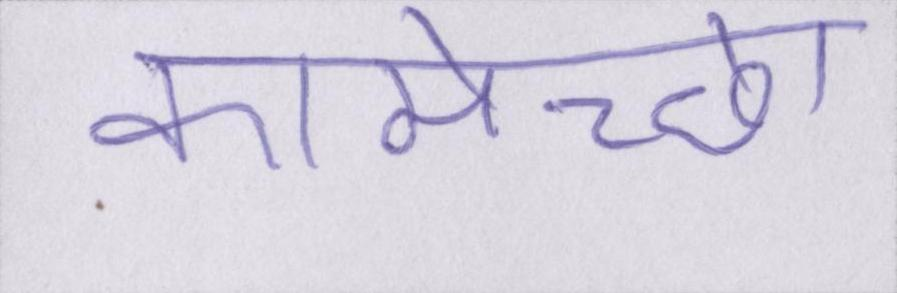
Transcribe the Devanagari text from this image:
कामेच्छा